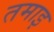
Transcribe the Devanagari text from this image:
तमाइ